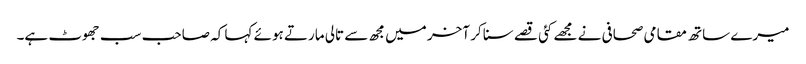
میرے ساتھ مقامی صحافی نے مجھے کئی قصے سنا کر آخر میں مجھ سے تالی مارتے ہوئے کہا کہ صاحب سب جھوٹ ہے۔